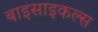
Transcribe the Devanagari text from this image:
बाइसाइकल्स